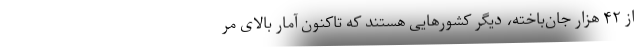
از ۴۲ هزار جان‌باخته، دیگر کشورهایی هستند که تاکنون آمار بالای مر